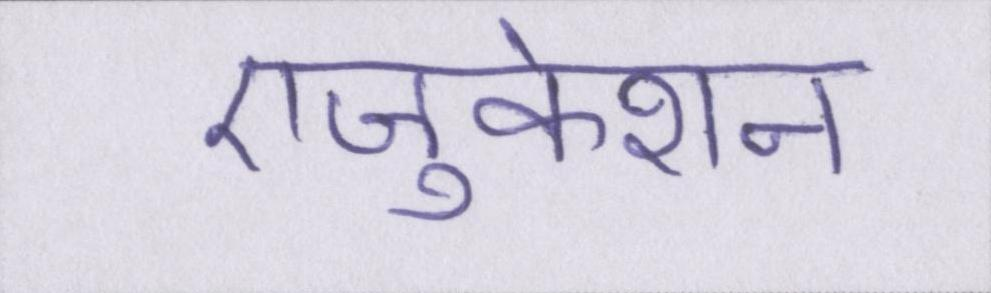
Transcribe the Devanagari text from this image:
एजुकेशन